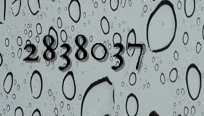
2838037